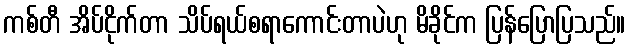
ကစ်တီ အိပ်ငိုက်တာ သိပ်ရယ်စရာကောင်းတာပဲဟု မိခိုင်က ပြန်ပြောပြသည်။